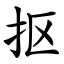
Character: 抠